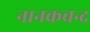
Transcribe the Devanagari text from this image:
नानकचन्द